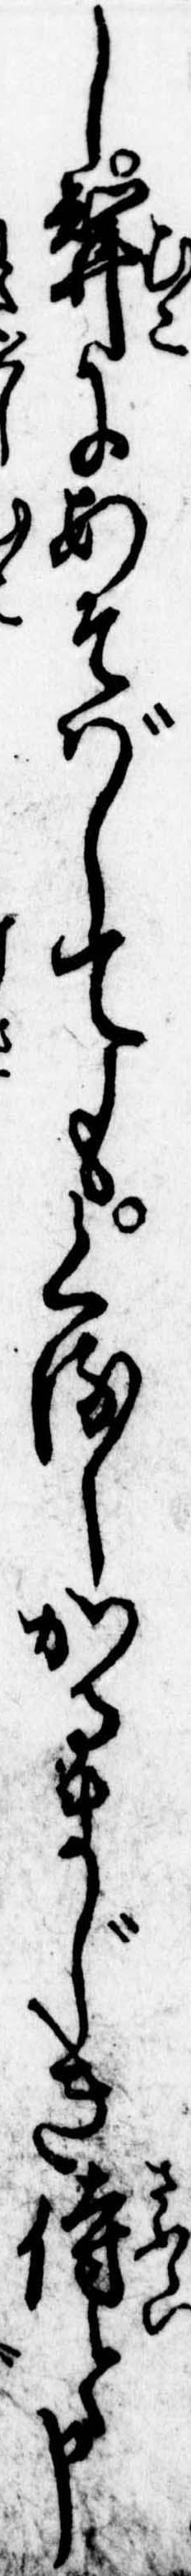
し婿にあそばしてもくるしかるまじき侍と申